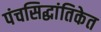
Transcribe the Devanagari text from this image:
पंचसिद्धांतिकेत